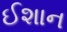
ઈશાન